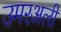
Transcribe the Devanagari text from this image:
उमरअली